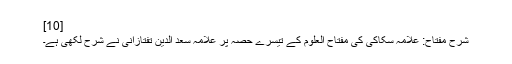
[10]
شرح مفتاح: علامہ سکاکی کی مفتاح العلوم کے تیسرے حصہ پر علامہ سعد الدین تفتازانی نے شرح لکھی ہے۔